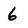
Character: 6